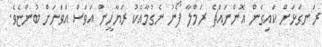
ރަނގަޅަށް ކައިގެން އޮންނައްޗެ ރަމްލާ ފޯނު ނެގުމާއެކު ރަޔާހީން އަވަސް އަވަހަށް ބުންޏެވެ.